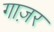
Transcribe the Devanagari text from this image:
गाज़र